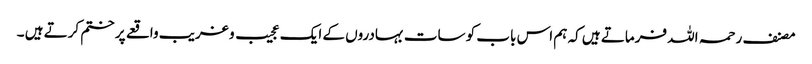
مصنف رحمہ اللہ فرماتے ہیں کہ ہم اس باب کو سات بہادروں کے ایک عجیب و غریب واقعے پر ختم کرتے ہیں ۔